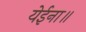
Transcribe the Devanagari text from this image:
येईना॥